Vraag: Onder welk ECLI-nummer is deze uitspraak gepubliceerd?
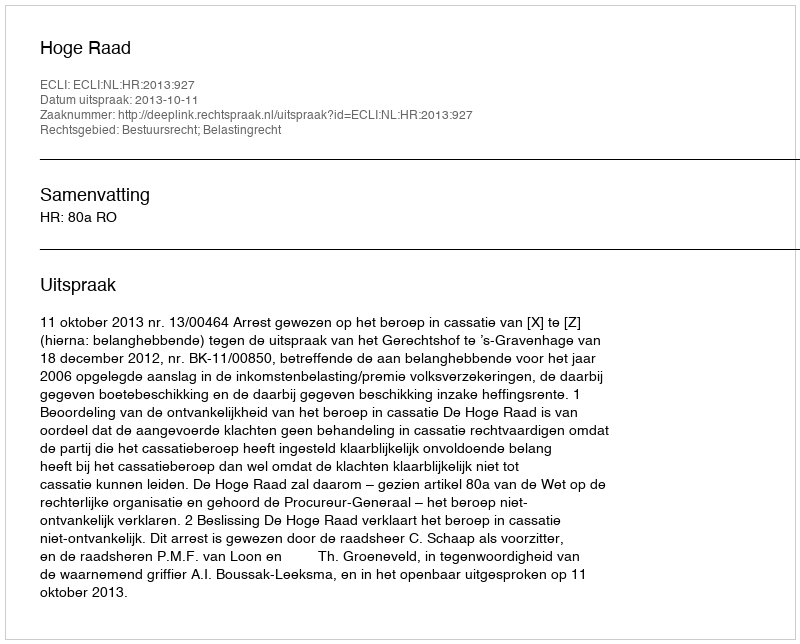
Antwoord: ECLI:NL:HR:2013:927